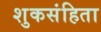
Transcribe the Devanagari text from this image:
शुकसंहिता